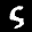
Label: 5